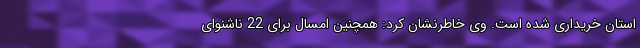
استان خریداری شده است. وی خاطرنشان کرد: همچنین امسال برای 22 ناشنوای